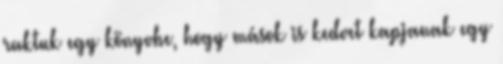
raktuk egy könyvbe, hogy mások is kedvet kapjanak egy